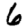
Digit: 6